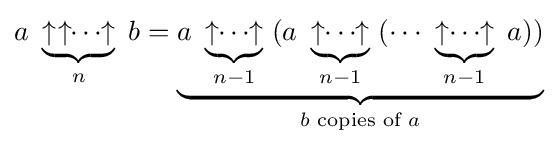
{\begin{matrix}a\ \underbrace {\uparrow _{}\uparrow \!\!\cdots \!\!\uparrow } _{n}\ b=\underbrace {a\ \underbrace {\uparrow \!\!\cdots \!\!\uparrow } _{n-1}\ (a\ \underbrace {\uparrow _{}\!\!\cdots \!\!\uparrow } _{n-1}\ (\cdots \ \underbrace {\uparrow _{}\!\!\cdots \!\!\uparrow } _{n-1}\ a))} _{b{\text{ copies of }}a}\end{matrix}}